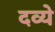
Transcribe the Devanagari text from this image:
दव्ये